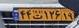
۴۴ت۱۲۶۱۹